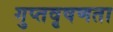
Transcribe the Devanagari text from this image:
गुप्‍तवृषणता